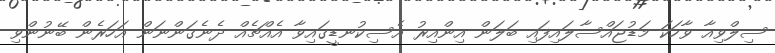
ސިލްވިއާ ވާހަކަ މަޑުޖައްސާލައިފައި ބަލަން އިންއިރު އެސިކުނޑީގައިވާ އެއްޗެއް ދެނެގަންނަން އަހަރެން ބޭނުންވި